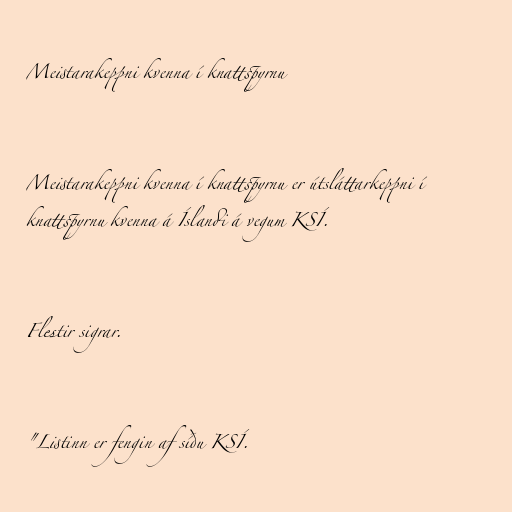
Meistarakeppni kvenna í knattspyrnu

Meistarakeppni kvenna í knattspyrnu er útsláttarkeppni í
knattspyrnu kvenna á Íslandi á vegum KSÍ.

Flestir sigrar.

"Listinn er fengin af síðu KSÍ.